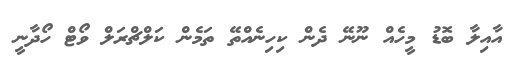
އާއިލާ ބޮޑު މީހެއް ނޫނޭ ދެން ކިހިނެއްތޭ ތަމެން ކަލްޗްރަލް ވޯޓް ހޯދާނީ